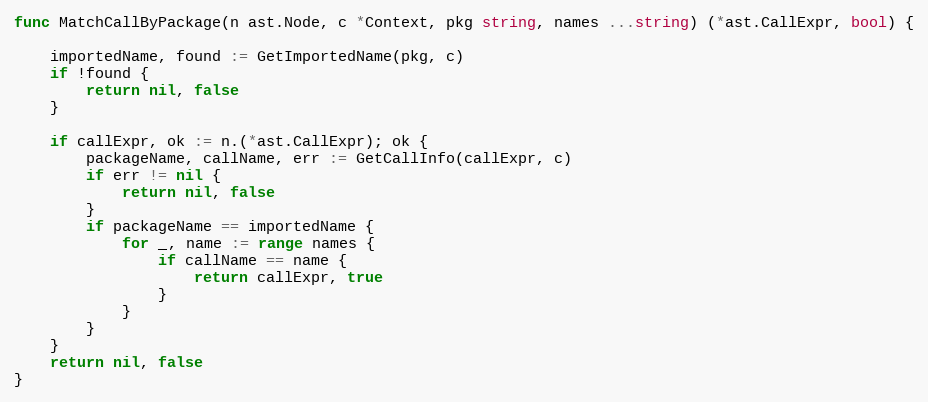
Language: Go
func MatchCallByPackage(n ast.Node, c *Context, pkg string, names ...string) (*ast.CallExpr, bool) {

	importedName, found := GetImportedName(pkg, c)
	if !found {
		return nil, false
	}

	if callExpr, ok := n.(*ast.CallExpr); ok {
		packageName, callName, err := GetCallInfo(callExpr, c)
		if err != nil {
			return nil, false
		}
		if packageName == importedName {
			for _, name := range names {
				if callName == name {
					return callExpr, true
				}
			}
		}
	}
	return nil, false
}